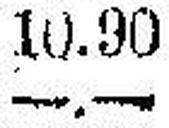
—.—